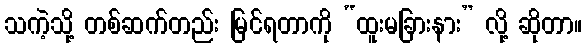
သကဲ့သို့ တစ်ဆက်တည်း မြင်ရတာကို “ထူးမခြားနား” လို့ ဆိုတာ။